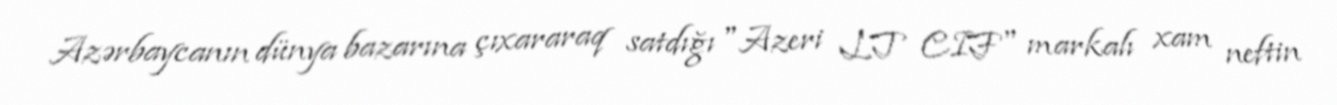
Azərbaycanın dünya bazarına çıxararaq satdığı "Azeri LT CIF" markalı xam neftin